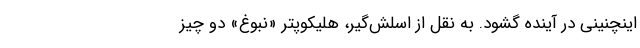
اینچنینی در آینده گشود. به نقل از اسلش‌گیر، هلیکوپتر «نبوغ» دو چیز